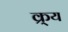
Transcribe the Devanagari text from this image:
क्र्य